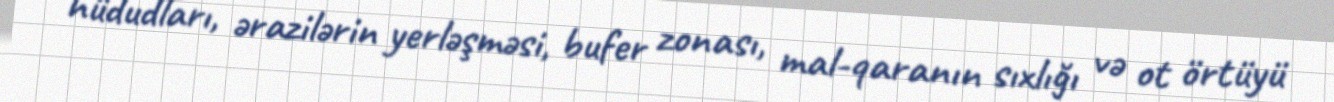
hüdudları, ərazilərin yerləşməsi, bufer zonası, mal-qaranın sıxlığı və ot örtüyü